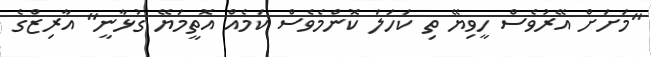
"މަށަށް އޭރުވެސް ހީވިޔޭ ތި ކަހަލަ ކޮންމެވެސް ކަމެއް އޮތީމަޔޭ ގުޅާނީ" އާރިޒްގެ